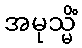
အမုသ္မိံ